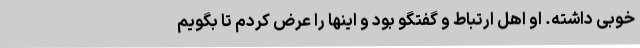
خوبی داشته. او اهل ارتباط و گفتگو بود و اینها را عرض کردم تا بگویم